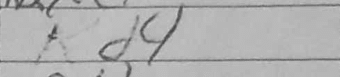
Transcription: Kd4